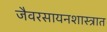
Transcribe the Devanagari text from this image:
जैवरसायनशास्त्रात